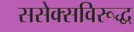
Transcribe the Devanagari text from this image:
ससेक्सविरूद्ध